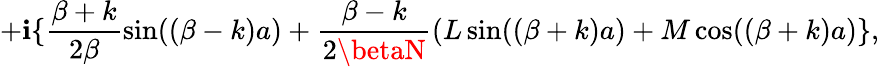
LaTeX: +\mathbf{i}\{ \frac{{\beta+k}}{{2\beta}}\sin((\beta-k)a)+\frac{{\beta-k}}{{2\betaN}}(L\sin((\beta+k)a)+M\cos((\beta+k)a)\} ,